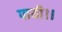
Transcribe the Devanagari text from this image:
पायी।।